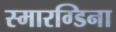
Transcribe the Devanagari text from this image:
स्मारग्डिना